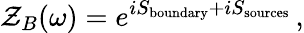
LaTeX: \mathcal{Z}_{B}(\omega)=e^{iS_{\mathrm{{boundary}}}+iS_{\mathrm{{sources}}}}\, ,